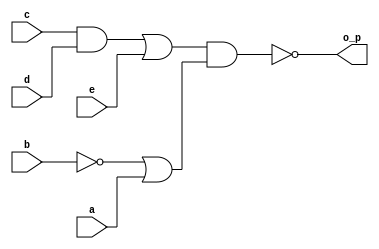
`timescale 1ns / 1ps
//////////////////////////////////////////////////////////////////////////////////
// Company: 
// Engineer: 
// 
// Design Name: 
// Module Name:    q1_c 
// Project Name: 
// Target Devices: 
// Tool versions: 
// Description: 
//
// Dependencies: 
//
// Revision: 
// Revision 0.01 - File Created
// Additional Comments: 
//
//////////////////////////////////////////////////////////////////////////////////
module q1_c(a,b,c,d,e,o_p);
input a,b,c,d,e;
output o_p;
wire x,y,p,q,r,z;
//assign x=~b;
//assign y=((a|x)&((c&d)|e));
//assign o_p = ~y;
not g1(x,b);
or g2(y,x,a);
and g3(z,c,d);
or g4(p,z,e);
and g5(q,p,y);
not g6(o_p,q);
endmodule